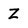
Character: Z